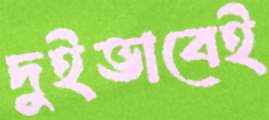
দুইভাবেই